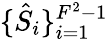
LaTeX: \lbrace\hat{S}_{i}\rbrace_{i=1}^{F^{2}-1}